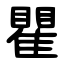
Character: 瞿